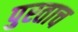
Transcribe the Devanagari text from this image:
पुरताच